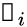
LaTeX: \boldsymbol{\mathscr{f}}_{i}